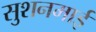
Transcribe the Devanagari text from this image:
सुशनमाई